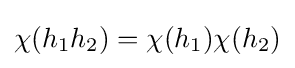
\chi (h_{1}h_{2})=\chi (h_{1})\chi (h_{2})